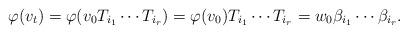
LaTeX: \begin{align*}\varphi(v_{t}) = \varphi(v_{0}T_{i_{1}}\dotsb T_{i_{r}})=\varphi(v_{0})T_{i_{1}}\dotsb T_{i_{r}} = w_{0}\beta_{i_{1}}\dotsb \beta_{i_{r}}.\end{align*}